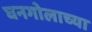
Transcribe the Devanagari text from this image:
घनगोलाच्या